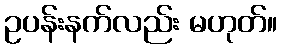
ဥပန်းနက်လည်း မဟုတ်။